Punjab Mental Hospital Lahore 1922-31 - 1922-1931
Year: 1922
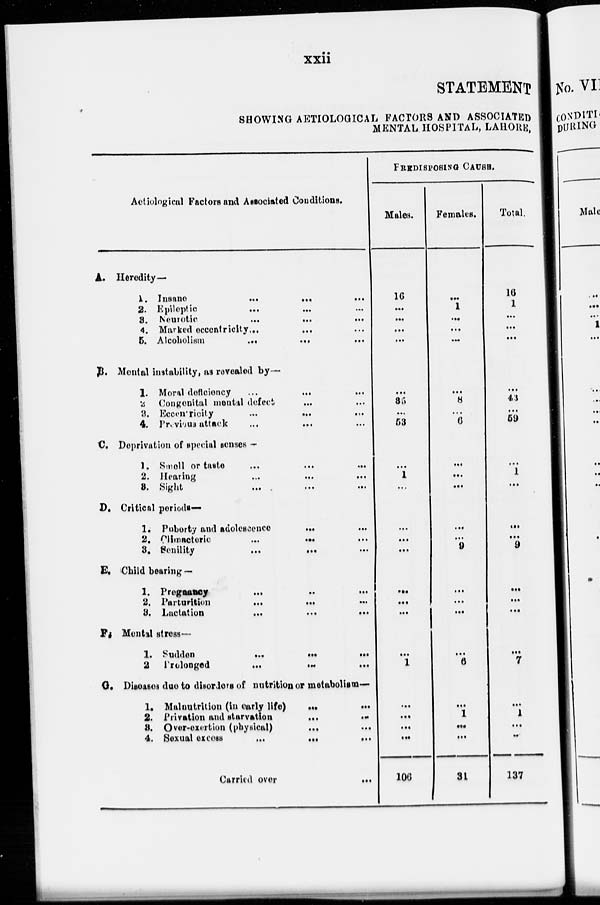
xxii
STATEMENT
SHOWING AETIOLOGICAL FACTORS AND ASSOCIATED
MENTAL HOSPITAL, LAHORE,
Aetiological Factors and Associated Conditions.
A. Heredity—
1.
Insane
... ... ...
2. Epileptic ... ... ...
3. Neurotic
...
...
...
4. Marked eccentricity ... ... ...
5. Alcoholism
...
...
...
B. Mental instability, as revealed by—
1. Moral deficiency ... ... ...
2 Congenital mental defect
... ...
3. Eccenricity
...
...
...
4. Previous attack ... ... ...
C. Deprivation of special senses —
1. Smell or taste
...
...
...
2. Hearing
3.
Sight
...
...
...
D. Critical periods—
1. Puberty and adolescence
...
...
2. Climacteric ... ... ...
3. Senility ... ... ...
E. Child bearing —
1. Pregnancy ... ... ...
2. Parturition ... ... ...
3. Lactation ... ... ...
F. Mental stress—
1. Sudden ... ... ...
2 Prolonged
...
...
...
G. Diseases due to disorders of nutrition or metabolism—
1. Malnutrition (in early life) ... ...
2. Privation and starvation
...
...
3. Over-exertion (physical)
...
...
4. Sexual
excess
...
...
...
Carried over
...
FREDISPOSING CAUSE.
Males.
16
...
...
...
...
...
35
...
53
...
1
...
...
...
...
...
...
...
...
1
...
...
...
...
106
Female..
...
1
...
...
...
...
8
...
6
...
...
...
...
...
9
...
...
...
...
...
6
...
1
...
...
31
Total.
16
1
...
...
...
...
43
...
59
...
1
...
...
...
9
...
...
...
...
...
7
...
1
...
...
137